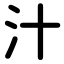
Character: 汁